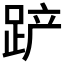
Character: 𰸎